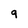
Character: 9